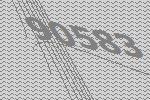
90583